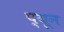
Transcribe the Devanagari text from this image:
प्यून